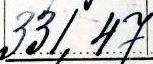
331,47